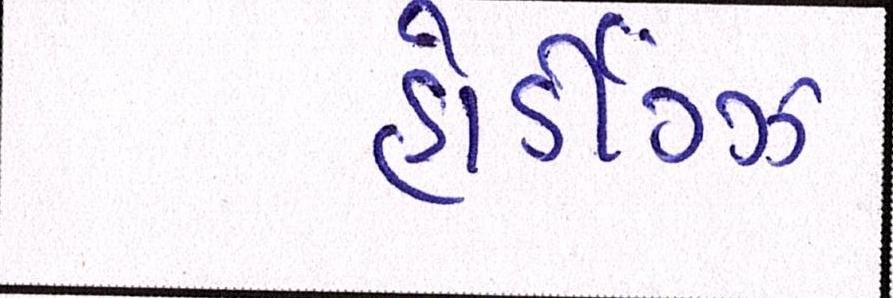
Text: હોડીગ્ઝ